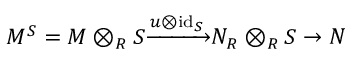
M ^ { S } = M \otimes _ { R } S { \xrightarrow { u \otimes { \mathrm { i d } } _ { S } } } N _ { R } \otimes _ { R } S \to N